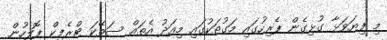
މި ފިޔަވަޅާ ގުޅިގެން ޕެރިހުގައި މަގުތަކުގައި މިއަދު އެތައް ސަތޭކަ ޓްރެފިކް ޕޮލިހުން